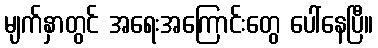
မျက်နှာတွင် အရေးအကြောင်းတွေ ပေါ်နေပြီ။